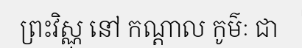
ព្រះវិស្ណុ នៅ កណ្តាល កូម៌ៈ ជា